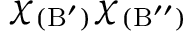
\chi _ { \mathrm { ( B ^ { \prime } ) } } \chi _ { \mathrm { ( B ^ { \prime \prime } ) } }